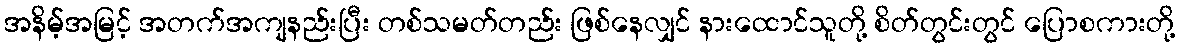
အနိမ့်အမြင့် အတက်အကျနည်းပြီး တစ်သမတ်တည်း ဖြစ်နေလျှင် နားထောင်သူတို့ စိတ်တွင်းတွင် ပြောစကားတို့